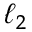
\ell _ { 2 }